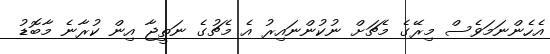
އެހެންނަމަވެސް މިރޭގެ މެޗަށް ނުކުންނައިރު އެ މެޗުގެ ނަތީޖާ އިން ކުރާނެ މާބޮޑު